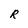
Character: R